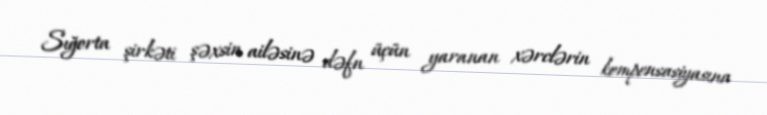
Sığorta şirkəti şəxsin ailəsinə dəfn üçün yaranan xərclərin kompensasiyasına